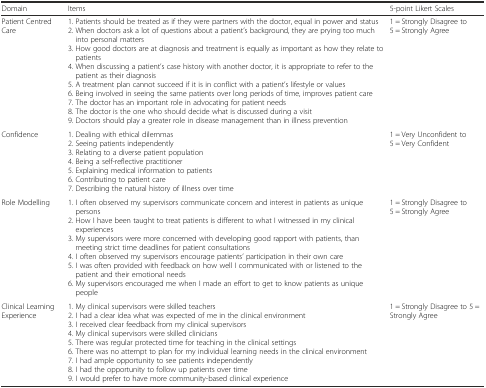
<table><thead><tr><td><b>Domain</b></td><td><b>Items</b></td><td><b>5-point Likert Scales</b></td></tr></thead><tbody><tr><td>Patient Centred Care</td><td>1. Patients should be treated as if they were partners with the doctor, equal in power and status2. When doctors ask a lot of questions about a patient’s background, they are prying too much into personal matters3. How good doctors are at diagnosis and treatment is equally as important as how they relate to patients4. When discussing a patient’s case history with another doctor, it is appropriate to refer to the patient as their diagnosis5. A treatment plan cannot succeed if it is in conflict with a patient’s lifestyle or values6. Being involved in seeing the same patients over long periods of time, improves patient care7. The doctor has an important role in advocating for patient needs8. The doctor is the one who should decide what is discussed during a visit9. Doctors should play a greater role in disease management than in illness prevention</td><td>1 = Strongly Disagree to 5 = Strongly Agree</td></tr><tr><td>Confidence</td><td>1. Dealing with ethical dilemmas2. Seeing patients independently3. Relating to a diverse patient population4. Being a self-reflective practitioner5. Explaining medical information to patients6. Contributing to patient care7. Describing the natural history of illness over time</td><td>1 = Very Unconfident to 5 = Very Confident</td></tr><tr><td>Role Modelling</td><td>1. I often observed my supervisors communicate concern and interest in patients as unique persons2. How I have been taught to treat patients is different to what I witnessed in my clinical experiences3. My supervisors were more concerned with developing good rapport with patients, than meeting strict time deadlines for patient consultations4. I often observed my supervisors encourage patients’ participation in their own care5. I was often provided with feedback on how well I communicated with or listened to the patient and their emotional needs6. My supervisors encouraged me when I made an effort to get to know patients as unique people</td><td>1 = Strongly Disagree to 5 = Strongly Agree</td></tr><tr><td>Clinical Learning Experience</td><td>1. My clinical supervisors were skilled teachers2. I had a clear idea what was expected of me in the clinical environment3. I received clear feedback from my clinical supervisors4. My clinical supervisors were skilled clinicians5. There was regular protected time for teaching in the clinical settings6. There was no attempt to plan for my individual learning needs in the clinical environment7. I had ample opportunity to see patients independently8. I had the opportunity to follow up patients over time9. I would prefer to have more community-based clinical experience</td><td>1 = Strongly Disagree to 5 = Strongly Agree</td></tr></tbody></table>